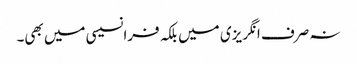
نہ صرف انگریزی میں بلکہ فرانسیسی میں بھی۔